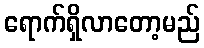
ရောက်ရှိလာတော့မည်